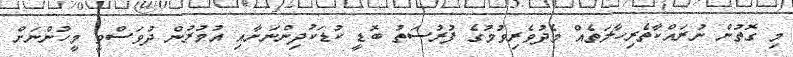
މި ގޮތުން ނުރައްކާތެރިހާލަތެއް މެދުވެރިވުމުގެ ފުރުސަތު ބޮޑީ ކުޑަކުދިންނަށާއި އުމުރުން ދުވަސްވީ މީހުންނަށް